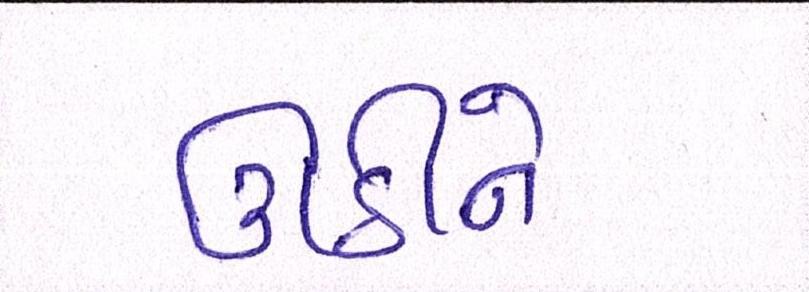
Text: ઊઠીને